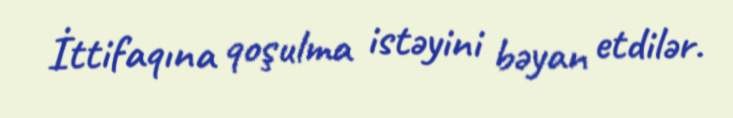
İttifaqına qoşulma istəyini bəyan etdilər.